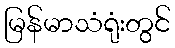
မြန်မာသံရုံးတွင်